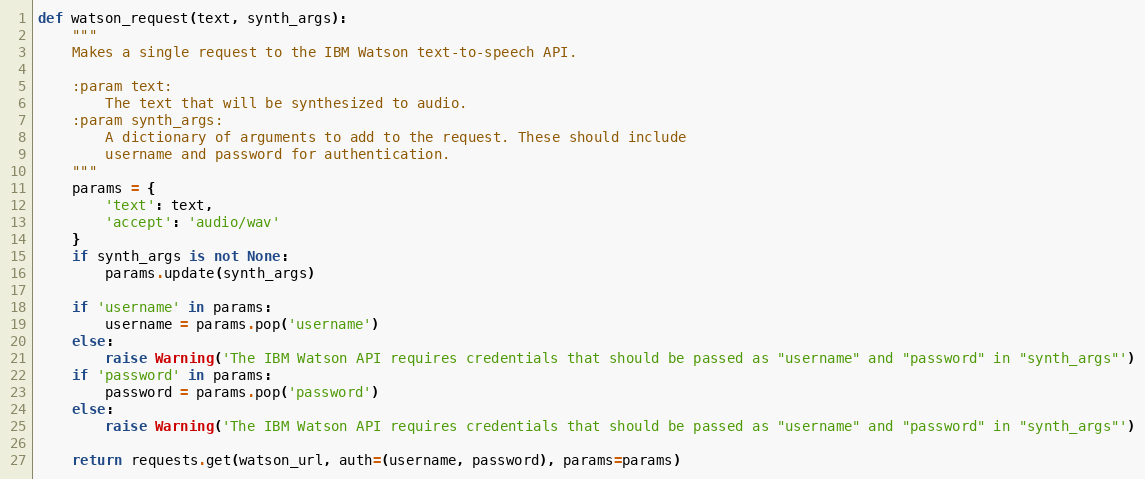
Language: Python
def watson_request(text, synth_args):
    """
    Makes a single request to the IBM Watson text-to-speech API.

    :param text:
        The text that will be synthesized to audio.
    :param synth_args:
        A dictionary of arguments to add to the request. These should include
        username and password for authentication.
    """
    params = {
        'text': text,
        'accept': 'audio/wav'
    }
    if synth_args is not None:
        params.update(synth_args)

    if 'username' in params:
        username = params.pop('username')
    else:
        raise Warning('The IBM Watson API requires credentials that should be passed as "username" and "password" in "synth_args"')
    if 'password' in params:
        password = params.pop('password')
    else:
        raise Warning('The IBM Watson API requires credentials that should be passed as "username" and "password" in "synth_args"')

    return requests.get(watson_url, auth=(username, password), params=params)